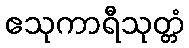
ဧသုကာရီသုတ္တံ